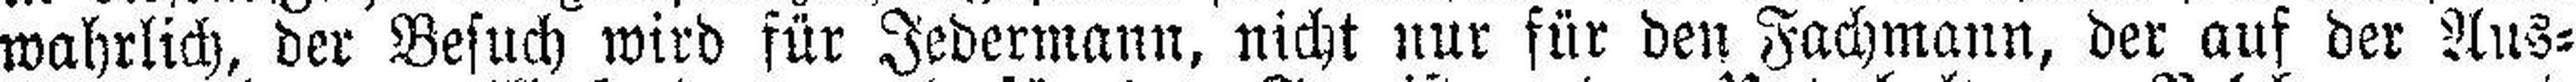
wahrlich, der Besuch wird für Jedermann, nicht nur für den Fachmann, der auf der Aus¬